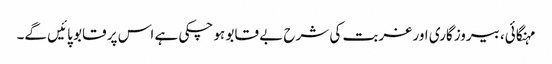
مہنگائی، بیروزگاری اور غربت کی شرح بے قابو ہو چکی ہے اس پر قابو پائیں گے۔